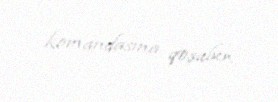
komandasına qoşulur.